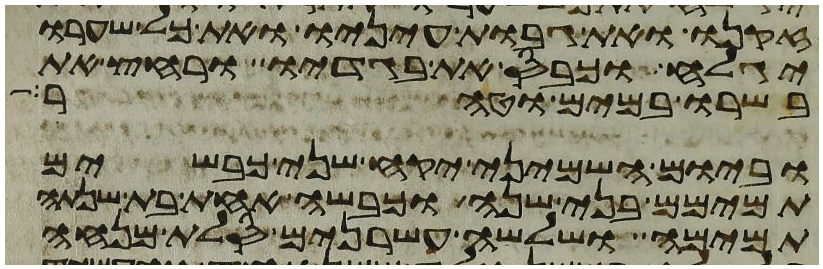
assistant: זקנו ואת גבות עיניו ואת כל שערו
יגלח וכבס את בגדיו ורחץ את
בשרו במים וטהר
וביום השמיני יקח שני כבשים
תמימם בני שנה וכבשה אחת בת שנתה
תמימה ושלשה עשרנים סלת מנחה